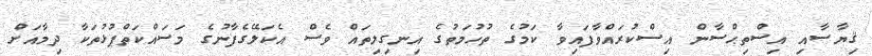
ޤިޔާސާއި އިސްތިޙްސާން އިސްކުރައްވާފައިވާ ކަމުގެ ތުހުމަތުގެ އިނގިލިތައް ވެސް އެކަލޭގެފާނުގެ މަސައްކަތްޕުޅުތަކާ ދިމާއަށް